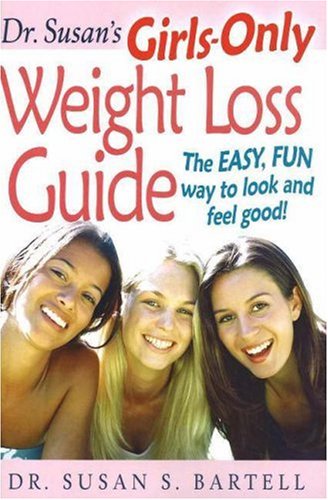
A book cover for Dr. Susan's Girls-Only Weight Loss Guide: The Easy, Fun Way to Look and Feel Good!; Susan Bartell; Teen & Young Adult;